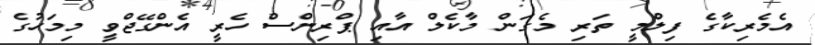
އެމެރިކާގެ ފިލްމީ ތަރި މެގަން މާކެލް އާއި ޕްރިންސް ހެރީ އެންގޭޖްވީ މިމަހުގެ